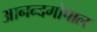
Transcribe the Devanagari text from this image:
आनन्दगोपाल